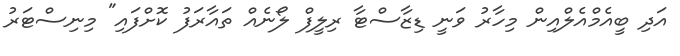
އަދި ބީއެމްއެލްއިން މިހާރު ވަނީ ޑިޒާސްޓާ ރިލީފް ލޯނެއް ތައާރަފު ކޮށްފައި" މިނިސްޓަރު